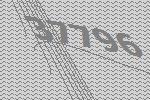
37796